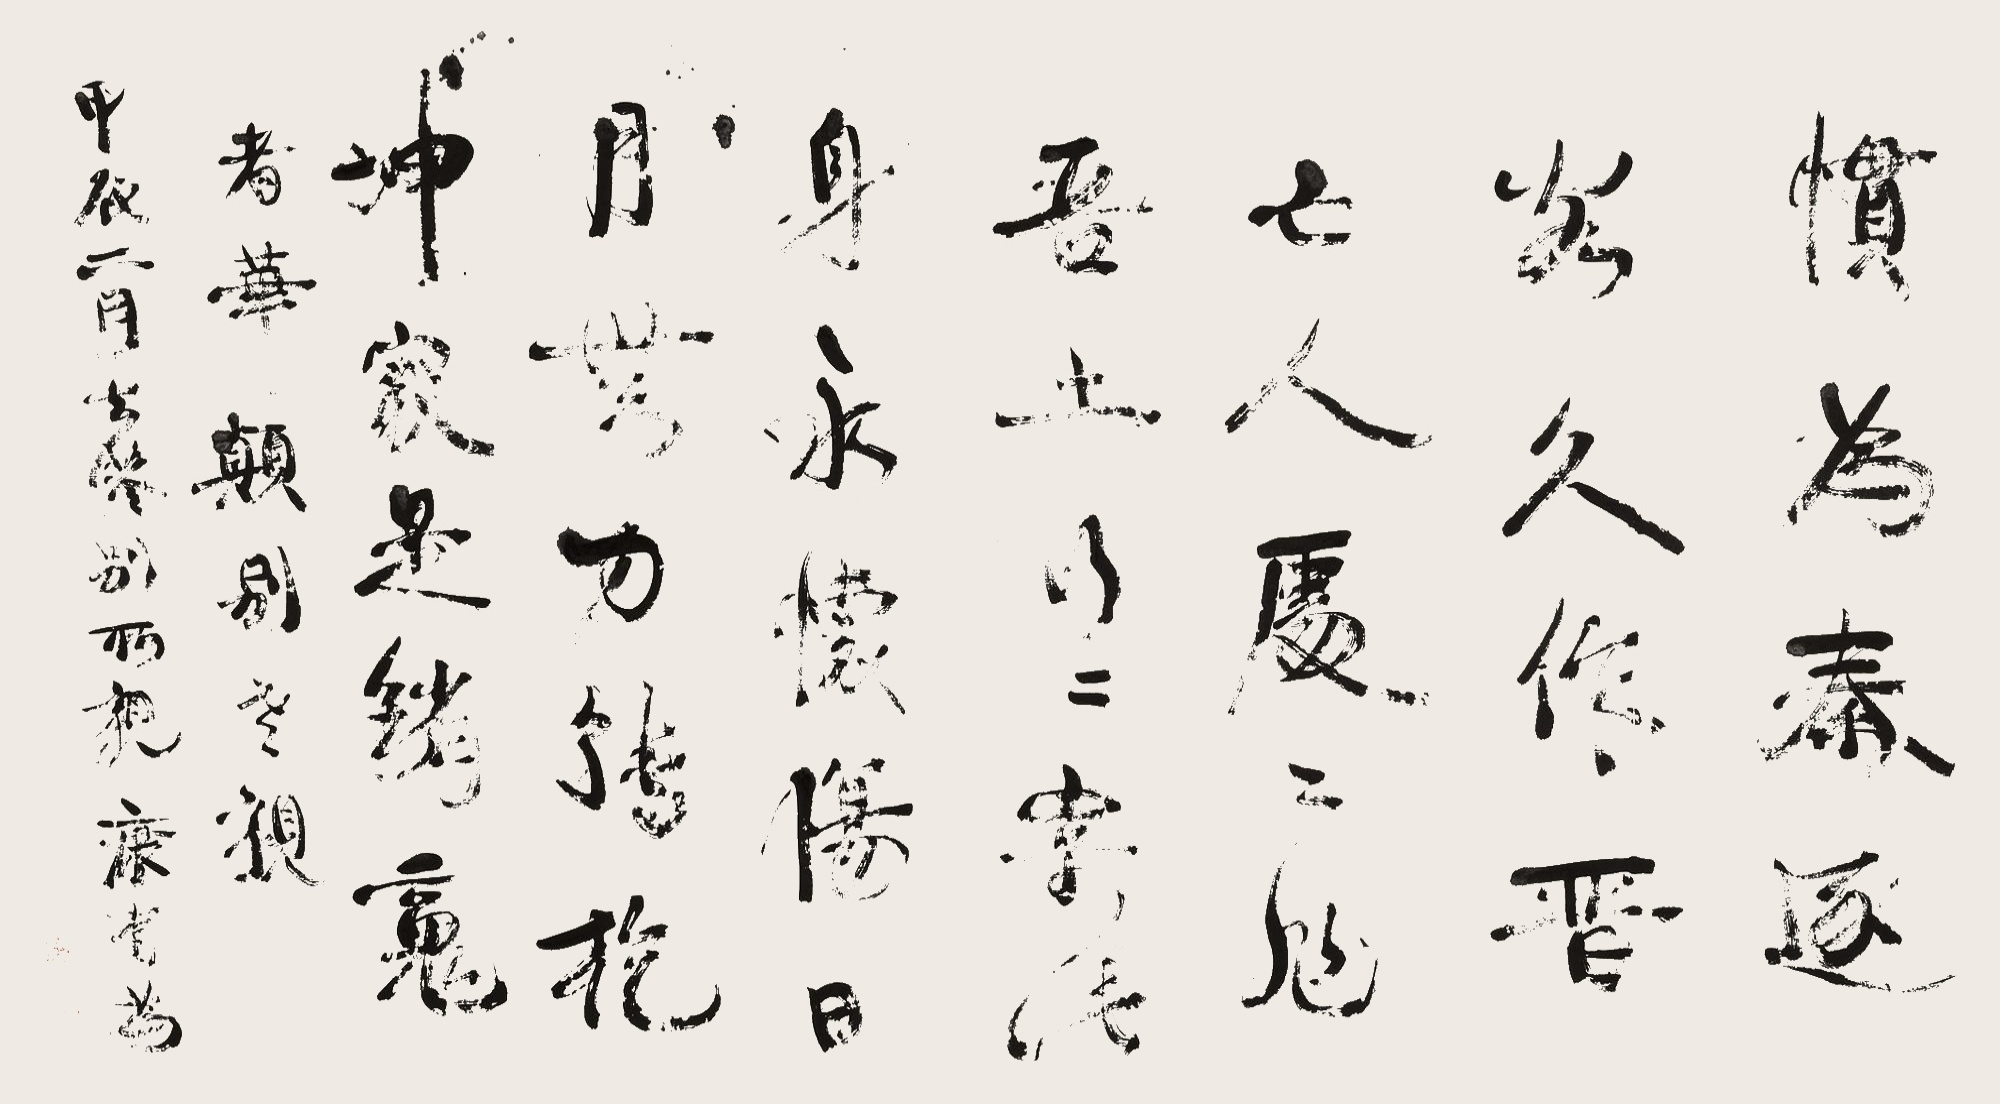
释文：惯为秦逐客，久作晋亡人。处处作吾土，行行寄此身。永怀伤日月，无力转乾坤。家是销魂者，华颠别老亲。甲辰二月去港别所亲，康有为。